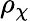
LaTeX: \rho_{\chi}